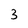
Character: 3